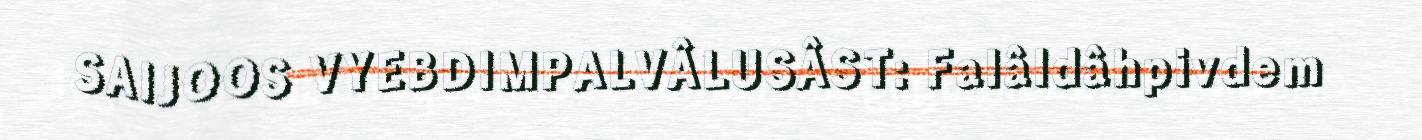
SAIJOOS VYEBDIMPALVÂLUSÂST: Falâldâhpivdem